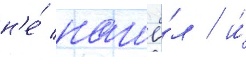
н'е́ нашё́л / и́